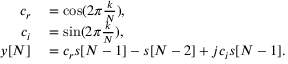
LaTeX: \begin{array} { r l } { c _ { r } } & { { } = \cos ( 2 \pi { \frac { k } { N } } ) , } \\ { c _ { i } } & { { } = \sin ( 2 \pi { \frac { k } { N } } ) , } \\ { y [ N ] } & { { } = c _ { r } s [ N - 1 ] - s [ N - 2 ] + j c _ { i } s [ N - 1 ] . } \end{array}